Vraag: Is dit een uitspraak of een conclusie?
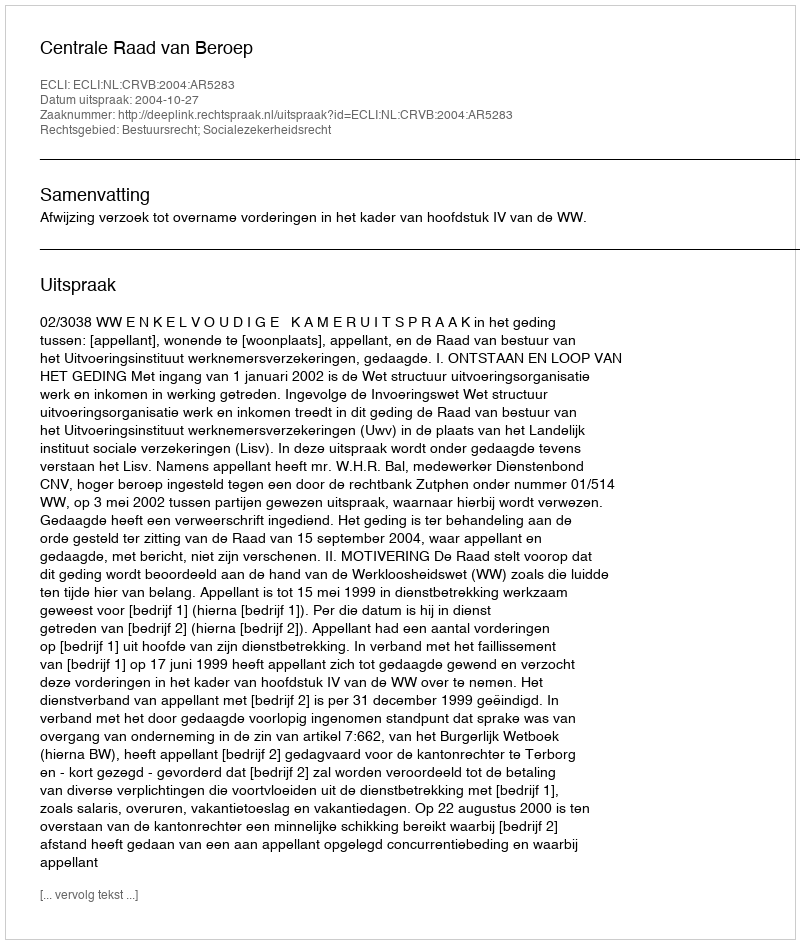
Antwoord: Uitspraak